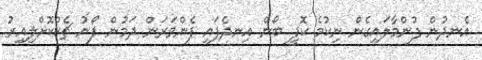
އެނދުން ފުންމާލައިގެން ނިކުމެ ކޮފީ ބޯން އިނދެފައި ފެންވަރަން ދަމުން ފޯނު ޗެކްކޮށްލިއިރު